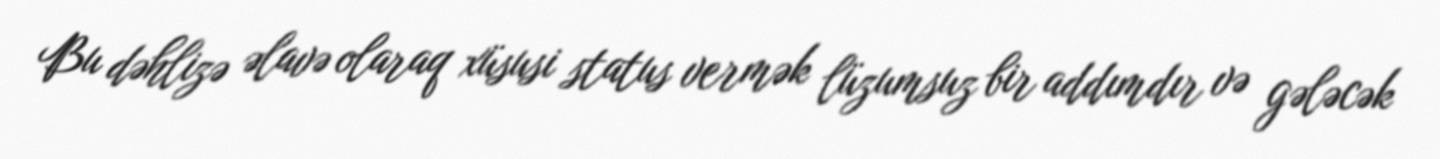
Bu dəhlizə əlavə olaraq xüsusi status vermək lüzumsuz bir addımdır və gələcək